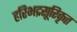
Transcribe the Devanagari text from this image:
हरिभद्रसूरिकृत